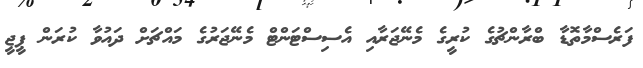
ފަރެސްމާތޮޑާ ބްރާންޗުގެ ކުރީގެ މެނޭޖަރާއި އެސިސްޓަންޓް މެނޭޖަރުގެ މައްޗަށް ދައުވާ ކުރަން ޕީޖީ